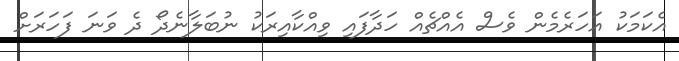
އެކަމަކު އަހަރެމެން ވެސް އެއްޗެއް ހަދާފައި ވިއްކާއިރަކު ނުބަލާނެދޯ ދެ ވަނަ ފަހަރަށް